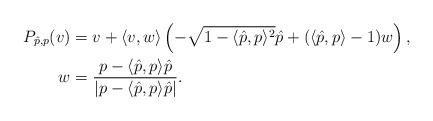
LaTeX: \begin{align*} P_{\hat p,p}(v) & = v + \langle v,w \rangle \left( - \sqrt{1-\langle \hat p, p \rangle^2 } \hat p + (\langle \hat p, p \rangle -1)w \right), \\ w & = \frac{p - \langle \hat p, p \rangle \hat p}{|p - \langle \hat p, p \rangle \hat p|}.\end{align*}